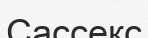
Сассекс